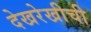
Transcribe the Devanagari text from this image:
देखरेखीची